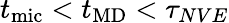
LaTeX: t_{\mathrm{mic}}<t_{\mathrm{MD}}<\tau_{NVE}